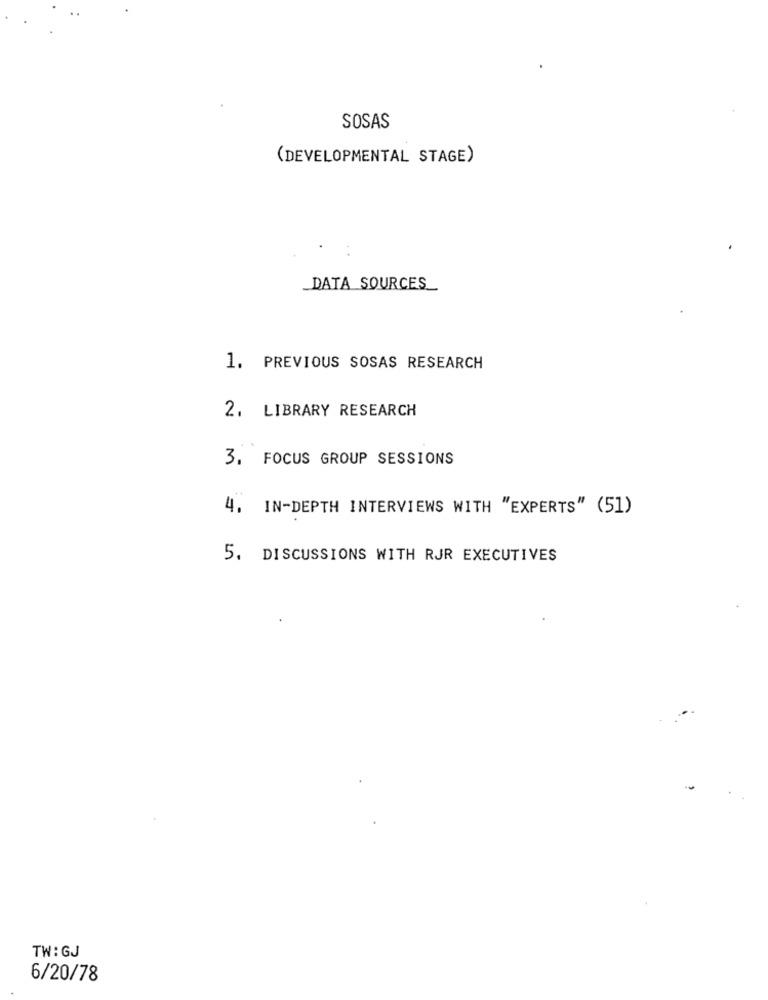
SOSAS
(DEVELOPMENTAL STAGE)
DATA SOURCES_
1. PREVIOUS SOSAS RESEARCH
2. LIBRARY RESEARCH
3. FOCUS GROUP SESSIONS
4. IN-DEPTH INTERVIEWS WITH "EXPERTS" (51)
5. DISCUSSIONS WITH RJR EXECUTIVES
TW:GJ
6/20/78